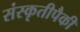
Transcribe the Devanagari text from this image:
संस्कृतीपैकी